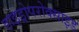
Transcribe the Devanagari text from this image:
हाइड्रोपरोक्साइड